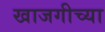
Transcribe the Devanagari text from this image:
खाजगीच्या